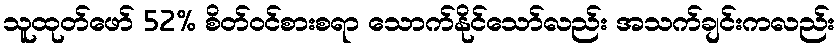
သူထုတ်ဖော် 52% စိတ်ဝင်စားစရာ သောက်နိုင်သော်လည်း အသက်ချင်းကလည်း